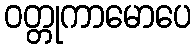
ဝတ္တုကာမောပေ